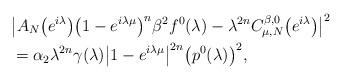
LaTeX: \begin{align*}&\big|A_N\bigl(e^{i\lambda}\bigr)\bigl(1-e^{i\lambda\mu}\bigr)^{n}\beta^2f^0(\lambda)-\lambda^{2n}C_{\mu,N}^{\beta,0}\bigl(e^{i\lambda}\bigr)\big|^2\\&=\alpha_2\lambda^{2n}\gamma(\lambda)\big|1-e^{i\lambda\mu}\big|^{2n}\bigl(p^0(\lambda)\bigr)^2,\label{D2rivn1_coi_i_st.n_d}\end{align*}